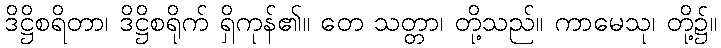
ဒိဋ္ဌိစရိတာ၊ ဒိဋ္ဌိစရိုက် ရှိကုန်၏။ တေ သတ္တာ၊ တို့သည်။ ကာမေသု၊ တို့၌။